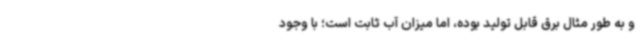
و به طور مثال برق قابل تولید بوده، اما میزان آب ثابت است؛ با وجود